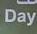
day